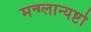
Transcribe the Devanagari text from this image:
मन्ग्लान्यष्टो